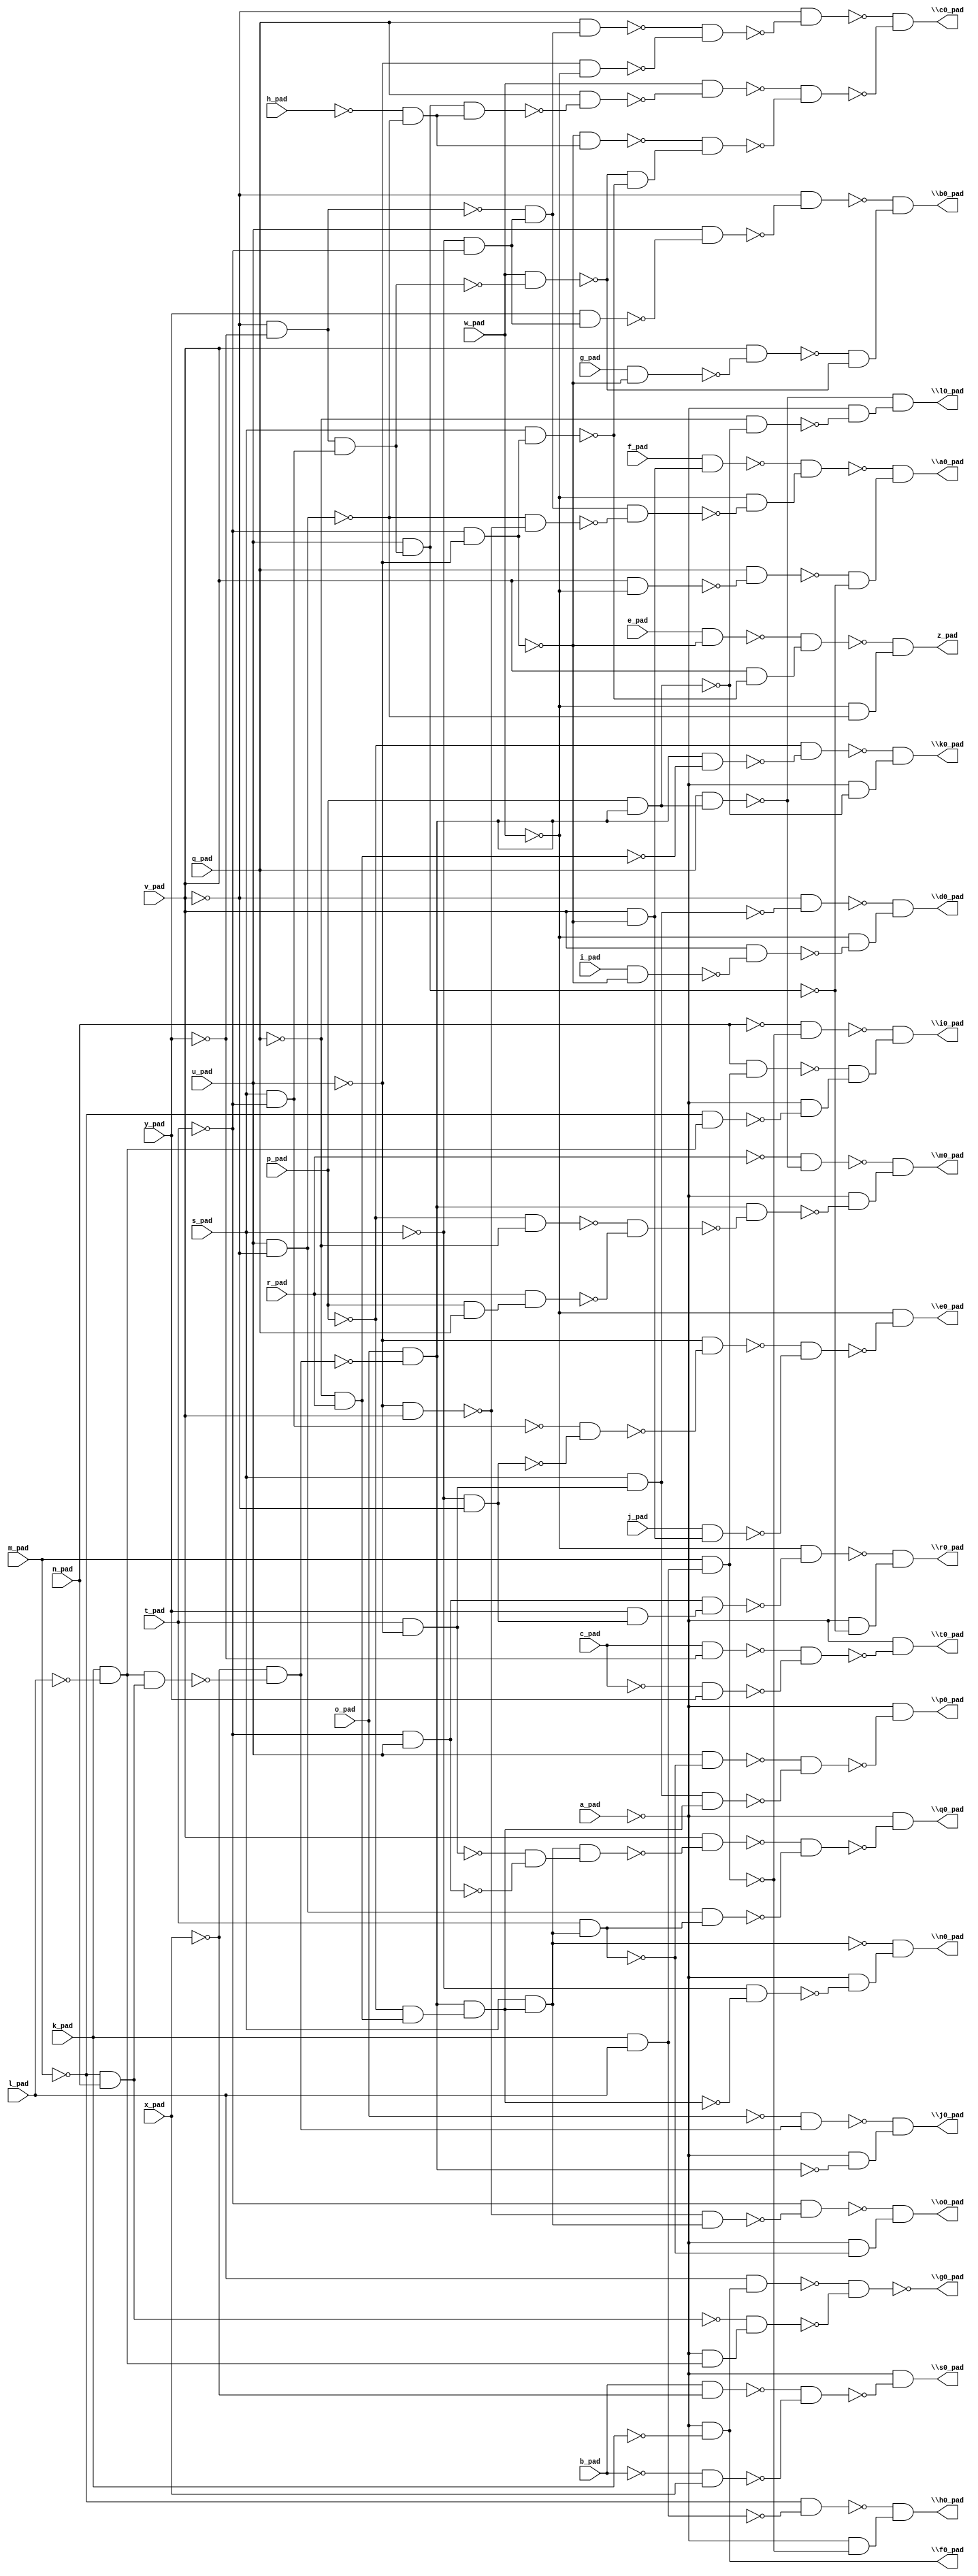
module top( a_pad , b_pad , c_pad , e_pad , f_pad , g_pad , h_pad , i_pad , j_pad , k_pad , l_pad , m_pad , n_pad , o_pad , p_pad , q_pad , r_pad , s_pad , t_pad , u_pad , v_pad , w_pad , x_pad , y_pad , \a0_pad  , \b0_pad  , \c0_pad  , \d0_pad  , \e0_pad  , \f0_pad  , \g0_pad  , \h0_pad  , \i0_pad  , \j0_pad  , \k0_pad  , \l0_pad  , \m0_pad  , \n0_pad  , \o0_pad  , \p0_pad  , \q0_pad  , \r0_pad  , \s0_pad  , \t0_pad  , z_pad );
  input a_pad ;
  input b_pad ;
  input c_pad ;
  input e_pad ;
  input f_pad ;
  input g_pad ;
  input h_pad ;
  input i_pad ;
  input j_pad ;
  input k_pad ;
  input l_pad ;
  input m_pad ;
  input n_pad ;
  input o_pad ;
  input p_pad ;
  input q_pad ;
  input r_pad ;
  input s_pad ;
  input t_pad ;
  input u_pad ;
  input v_pad ;
  input w_pad ;
  input x_pad ;
  input y_pad ;
  output \a0_pad  ;
  output \b0_pad  ;
  output \c0_pad  ;
  output \d0_pad  ;
  output \e0_pad  ;
  output \f0_pad  ;
  output \g0_pad  ;
  output \h0_pad  ;
  output \i0_pad  ;
  output \j0_pad  ;
  output \k0_pad  ;
  output \l0_pad  ;
  output \m0_pad  ;
  output \n0_pad  ;
  output \o0_pad  ;
  output \p0_pad  ;
  output \q0_pad  ;
  output \r0_pad  ;
  output \s0_pad  ;
  output \t0_pad  ;
  output z_pad ;
  wire n25 , n26 , n27 , n28 , n29 , n30 , n31 , n32 , n33 , n34 , n35 , n36 , n37 , n38 , n39 , n40 , n41 , n42 , n43 , n44 , n45 , n46 , n47 , n48 , n49 , n50 , n51 , n52 , n53 , n54 , n55 , n56 , n57 , n58 , n59 , n60 , n61 , n62 , n63 , n64 , n65 , n66 , n67 , n68 , n69 , n70 , n71 , n72 , n73 , n74 , n75 , n76 , n77 , n78 , n79 , n80 , n81 , n82 , n83 , n84 , n85 , n86 , n87 , n88 , n89 , n90 , n91 , n92 , n93 , n94 , n95 , n96 , n97 , n98 , n99 , n100 , n101 , n102 , n103 , n104 , n105 , n106 , n107 , n108 , n109 , n110 , n111 , n112 , n113 , n114 , n115 , n116 , n117 , n118 , n119 , n120 , n121 , n122 , n123 , n124 , n125 , n126 , n127 , n128 , n129 , n130 , n131 , n132 , n133 , n134 , n135 , n136 , n137 , n138 , n139 , n140 , n141 , n142 , n143 , n144 , n145 , n146 , n147 , n148 , n149 , n150 , n151 , n152 , n153 , n154 , n155 , n156 , n157 , n158 , n159 , n160 ;
  assign n37 = ~t_pad & ~u_pad ;
  assign n38 = v_pad & ~n37 ;
  assign n39 = f_pad & n38 ;
  assign n27 = ~v_pad & ~y_pad ;
  assign n31 = ~s_pad & ~t_pad ;
  assign n32 = ~n27 & n31 ;
  assign n33 = u_pad & ~v_pad ;
  assign n34 = ~u_pad & v_pad ;
  assign n35 = ~n33 & ~n34 ;
  assign n36 = n32 & ~n35 ;
  assign n40 = ~w_pad & ~n36 ;
  assign n41 = ~n39 & n40 ;
  assign n25 = v_pad & ~w_pad ;
  assign n26 = q_pad & ~n25 ;
  assign n28 = s_pad & ~t_pad ;
  assign n29 = n27 & n28 ;
  assign n30 = u_pad & n29 ;
  assign n42 = ~n26 & ~n30 ;
  assign n43 = ~n41 & n42 ;
  assign n46 = y_pad & n31 ;
  assign n47 = u_pad & ~n46 ;
  assign n48 = ~v_pad & ~n47 ;
  assign n44 = g_pad & ~n37 ;
  assign n45 = v_pad & ~n44 ;
  assign n49 = w_pad & ~n29 ;
  assign n50 = ~n45 & ~n49 ;
  assign n51 = ~n48 & n50 ;
  assign n52 = q_pad & n32 ;
  assign n53 = ~u_pad & ~w_pad ;
  assign n54 = ~n52 & ~n53 ;
  assign n55 = ~v_pad & ~n54 ;
  assign n56 = ~h_pad & ~n33 ;
  assign n57 = n30 & n56 ;
  assign n58 = q_pad & ~n57 ;
  assign n59 = w_pad & ~n58 ;
  assign n60 = ~n37 & n56 ;
  assign n61 = s_pad & n37 ;
  assign n62 = ~n49 & ~n61 ;
  assign n63 = ~n60 & n62 ;
  assign n64 = ~n59 & ~n63 ;
  assign n65 = ~n55 & ~n64 ;
  assign n68 = t_pad & ~u_pad ;
  assign n69 = s_pad & n68 ;
  assign n70 = ~v_pad & ~n69 ;
  assign n66 = i_pad & ~n37 ;
  assign n67 = v_pad & ~n66 ;
  assign n71 = ~w_pad & ~n67 ;
  assign n72 = ~n70 & n71 ;
  assign n73 = ~s_pad & ~v_pad ;
  assign n74 = ~n28 & ~n73 ;
  assign n75 = ~u_pad & ~n74 ;
  assign n76 = j_pad & n38 ;
  assign n77 = ~n75 & ~n76 ;
  assign n78 = ~w_pad & ~n77 ;
  assign n79 = ~a_pad & ~k_pad ;
  assign n80 = l_pad & n79 ;
  assign n82 = ~m_pad & n_pad ;
  assign n81 = k_pad & ~l_pad ;
  assign n83 = ~a_pad & n81 ;
  assign n84 = ~n82 & n83 ;
  assign n85 = ~n80 & ~n84 ;
  assign n86 = k_pad & l_pad ;
  assign n88 = ~m_pad & ~n86 ;
  assign n87 = m_pad & n86 ;
  assign n89 = ~a_pad & ~n87 ;
  assign n90 = ~n88 & n89 ;
  assign n93 = ~n_pad & ~n87 ;
  assign n92 = n_pad & n87 ;
  assign n91 = ~m_pad & n81 ;
  assign n94 = ~a_pad & ~n91 ;
  assign n95 = ~n92 & n94 ;
  assign n96 = ~n93 & n95 ;
  assign n97 = n81 & n82 ;
  assign n98 = ~x_pad & ~n97 ;
  assign n100 = ~o_pad & n98 ;
  assign n99 = o_pad & ~n98 ;
  assign n101 = ~a_pad & ~n99 ;
  assign n102 = ~n100 & n101 ;
  assign n104 = ~q_pad & r_pad ;
  assign n105 = n99 & ~n104 ;
  assign n106 = ~p_pad & ~n105 ;
  assign n103 = p_pad & n99 ;
  assign n107 = ~a_pad & ~n103 ;
  assign n108 = ~n106 & n107 ;
  assign n110 = q_pad & n103 ;
  assign n109 = ~q_pad & ~n103 ;
  assign n111 = ~a_pad & ~n109 ;
  assign n112 = ~n110 & n111 ;
  assign n118 = ~r_pad & ~n110 ;
  assign n113 = ~p_pad & ~q_pad ;
  assign n114 = p_pad & q_pad ;
  assign n115 = r_pad & n114 ;
  assign n116 = ~n113 & ~n115 ;
  assign n117 = n99 & ~n116 ;
  assign n119 = ~a_pad & ~n117 ;
  assign n120 = ~n118 & n119 ;
  assign n121 = ~p_pad & n104 ;
  assign n122 = n99 & n121 ;
  assign n124 = s_pad & n122 ;
  assign n123 = ~s_pad & ~n122 ;
  assign n125 = ~a_pad & ~n123 ;
  assign n126 = ~n124 & n125 ;
  assign n128 = ~n34 & n124 ;
  assign n129 = ~t_pad & ~n128 ;
  assign n127 = t_pad & n124 ;
  assign n130 = ~a_pad & ~n127 ;
  assign n131 = ~n129 & n130 ;
  assign n132 = u_pad & ~n127 ;
  assign n133 = n69 & n122 ;
  assign n134 = ~n132 & ~n133 ;
  assign n135 = ~a_pad & ~n134 ;
  assign n136 = ~t_pad & u_pad ;
  assign n137 = ~n68 & ~n136 ;
  assign n138 = n124 & n137 ;
  assign n139 = v_pad & ~n138 ;
  assign n140 = n33 & n127 ;
  assign n141 = ~n139 & ~n140 ;
  assign n142 = ~a_pad & ~n141 ;
  assign n143 = y_pad & n73 ;
  assign n144 = n136 & n143 ;
  assign n145 = ~w_pad & ~n144 ;
  assign n146 = ~a_pad & ~n30 ;
  assign n147 = ~n145 & n146 ;
  assign n148 = b_pad & ~x_pad ;
  assign n149 = ~b_pad & x_pad ;
  assign n150 = ~n148 & ~n149 ;
  assign n151 = ~a_pad & ~n150 ;
  assign n152 = c_pad & ~y_pad ;
  assign n153 = ~c_pad & y_pad ;
  assign n154 = ~n152 & ~n153 ;
  assign n155 = ~a_pad & ~n154 ;
  assign n156 = e_pad & ~n37 ;
  assign n157 = v_pad & ~n61 ;
  assign n158 = ~n156 & n157 ;
  assign n159 = ~w_pad & ~n33 ;
  assign n160 = ~n158 & n159 ;
  assign \a0_pad  = n43 ;
  assign \b0_pad  = n51 ;
  assign \c0_pad  = n65 ;
  assign \d0_pad  = n72 ;
  assign \e0_pad  = n78 ;
  assign \f0_pad  = n79 ;
  assign \g0_pad  = ~n85 ;
  assign \h0_pad  = n90 ;
  assign \i0_pad  = n96 ;
  assign \j0_pad  = n102 ;
  assign \k0_pad  = n108 ;
  assign \l0_pad  = n112 ;
  assign \m0_pad  = n120 ;
  assign \n0_pad  = n126 ;
  assign \o0_pad  = n131 ;
  assign \p0_pad  = n135 ;
  assign \q0_pad  = n142 ;
  assign \r0_pad  = n147 ;
  assign \s0_pad  = n151 ;
  assign \t0_pad  = n155 ;
  assign z_pad = n160 ;
endmodule